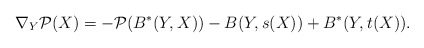
\begin{align*}\nabla_Y \mathcal{P}(X)= - \mathcal{P}(B^*(Y,X)) - B(Y,s(X)) + B^*(Y,t(X)).\end{align*}